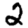
Digit: 2